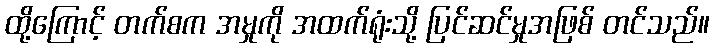
ထို့ကြောင့် တက်စက အမှုကို အထက်ရုံးသို့ ပြင်ဆင်မှုအဖြစ် တင်သည်။